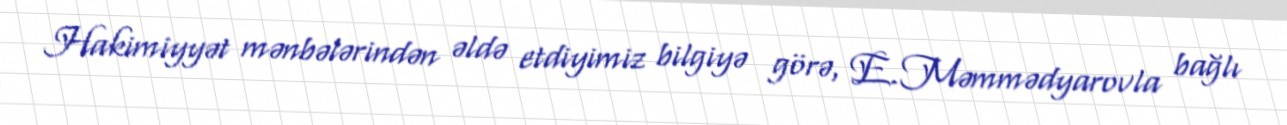
Hakimiyyət mənbələrindən əldə etdiyimiz bilgiyə görə, E.Məmmədyarovla bağlı